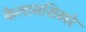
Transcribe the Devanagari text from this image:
कैलासशिखरे